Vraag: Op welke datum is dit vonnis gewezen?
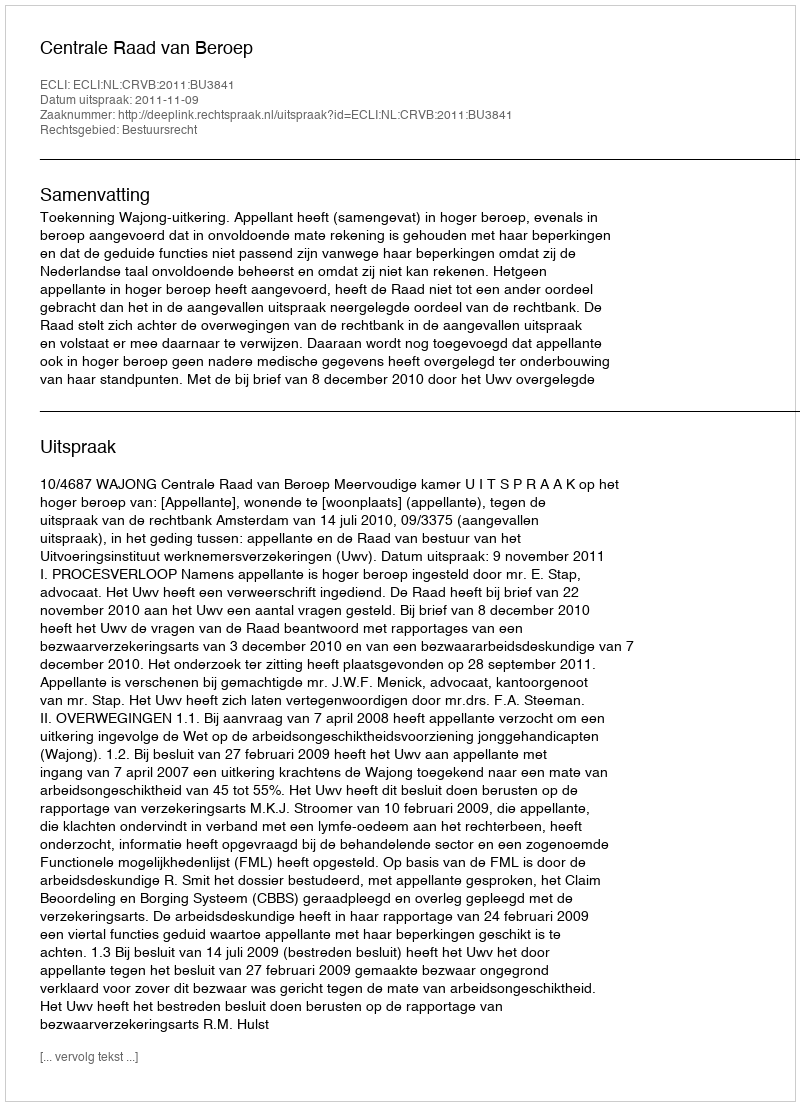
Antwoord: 2011-11-09